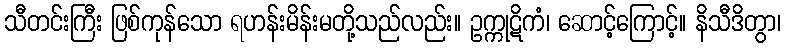
သီတင်းကြီး ဖြစ်ကုန်သော ရဟန်းမိန်းမတို့သည်လည်း။ ဥက္ကုဋိကံ၊ ဆောင့်ကြောင့်။ နိသီဒိတွာ၊